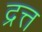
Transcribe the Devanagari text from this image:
द्रत्त